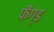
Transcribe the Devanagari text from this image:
फैंग्ड